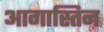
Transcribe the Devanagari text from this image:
आगास्तिन